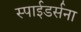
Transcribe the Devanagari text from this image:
स्पाईडर्सना